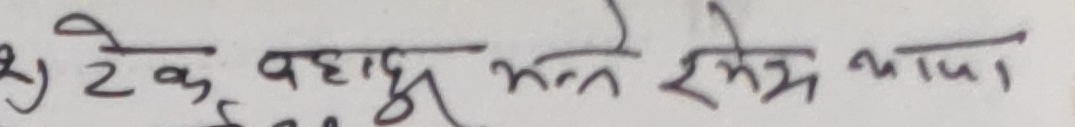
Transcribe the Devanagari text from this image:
२) टेक बहादुर भन्ने हेमराज थापा